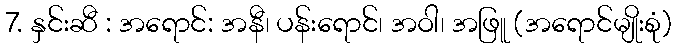
7. နှင်းဆီ : အရောင်: အနီ၊ ပန်းရောင်၊ အဝါ၊ အဖြူ (အရောင်မျိုးစုံ)